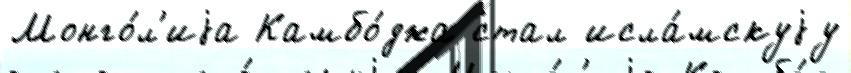
Монго́л'иjа Камбо́джа стал исла́мскуjу